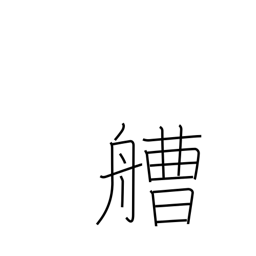
Meaning: boat